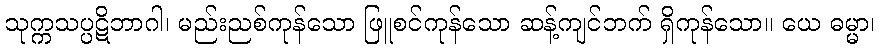
သုက္ကသပ္ပဋိဘာဂါ၊ မည်းညစ်ကုန်သော ဖြူစင်ကုန်သော ဆန့်ကျင်ဘက် ရှိကုန်သော။ ယေ ဓမ္မာ၊